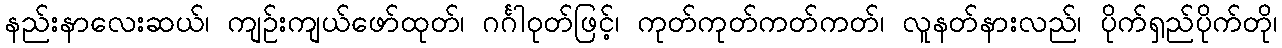
နည်းနာလေးဆယ်၊ ကျဉ်းကျယ်ဖော်ထုတ်၊ ဂင်္ဂါဝုတ်ဖြင့်၊ ကုတ်ကုတ်ကတ်ကတ်၊ လူနတ်နားလည်၊ ပိုက်ရှည်ပိုက်တို၊